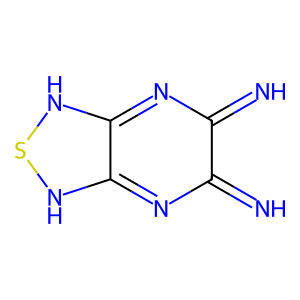
SMILES: N=c1nc2[nH]s[nH]c-2nc1=N
Inhibits HIV replication: No